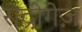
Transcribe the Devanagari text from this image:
रोद्रीगेज़